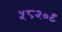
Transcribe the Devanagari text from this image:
५८२०९